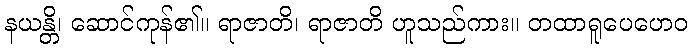
နယန္တိ၊ ဆောင်ကုန်၏။ ရာဇာတိ၊ ရာဇာတိ ဟူသည်ကား။ တထာရူပေဟေဝ